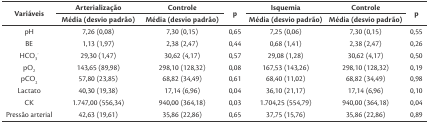
<table><thead><tr><td rowspan="3"><b>Variáveis</b></td><td><b>Arterialização</b></td><td><b>Controle</b></td><td rowspan="3"><b>p</b></td><td><b>Isquemia</b></td><td><b>Controle</b></td><td rowspan="3"><b>p</b></td></tr><tr><td rowspan="2"><b>Média (desvio padrão)</b></td><td rowspan="2"><b>Média (desvio padrão)</b></td><td rowspan="2"><b>Média (desvio padrão)</b></td><td rowspan="2"><b>Média (desvio padrão)</b></td></tr></thead><tbody><tr><td>pH</td><td>7,26 (0,08)</td><td>7,30 (0,15)</td><td>0,65</td><td>7,25 (0,06)</td><td>7,30 (0,15)</td><td>0,55</td></tr><tr><td>BE</td><td>1,13 (1,97)</td><td>2,38 (2,47)</td><td>0,44</td><td>0,68 (1,41)</td><td>2,38 (2,47)</td><td>0,26</td></tr><tr><td>HCO<sub>3</sub><sup>-</sup></td><td>29,30 (1,47)</td><td>30,62 (4,17)</td><td>0,57</td><td>29,08 (1,28)</td><td>30,62 (4,17)</td><td>0,50</td></tr><tr><td>pO<sub>2</sub></td><td>143,65 (89,98)</td><td>298,10 (128,32)</td><td>0,08</td><td>167,53 (143,26)</td><td>298,10 (128,32)</td><td>0,19</td></tr><tr><td>pCO<sub>2</sub></td><td>57,80 (23,85)</td><td>68,82 (34,49)</td><td>0,61</td><td>68,40 (11,02)</td><td>68,82 (34,49)</td><td>0,98</td></tr><tr><td>Lactato</td><td>40,30 (19,38)</td><td>17,14 (6,96)</td><td>0,04</td><td>36,10 (21,17)</td><td>17,14 (6,96)</td><td>0,10</td></tr><tr><td>CK</td><td>1.747,00 (556,34)</td><td>940,00 (364,18)</td><td>0,03</td><td>1.704,25 (554,79)</td><td>940,00 (364,18)</td><td>0,04</td></tr><tr><td>Pressão arterial</td><td>42,63 (19,61)</td><td>35,86 (22,86)</td><td>0,65</td><td>37,75 (15,76)</td><td>35,86 (22,86)</td><td>0,89</td></tr></tbody></table>